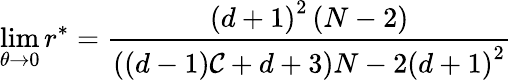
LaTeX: \operatorname*{lim}_{\theta\rightarrow 0}r^{\ast}=\frac{\left(d+1\right)^{2}\left(N-2\right)}{\left(\left(d-1\right)\mathcal{C}+d+3\right)N-2\left(d+1\right)^{2}}